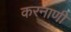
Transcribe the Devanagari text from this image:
करनाणी